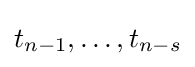
t_{n-1},\dots ,t_{n-s}